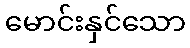
မောင်းနှင်သော